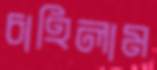
চাহিলাম